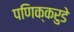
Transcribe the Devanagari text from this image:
पणिक्करुडे